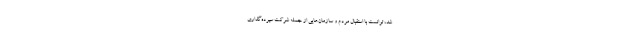
شد، توانست با استقبال مردم و سازمان‌هایی از جمله شرکت سپرده‌گذاری